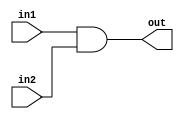
module bit32AND (out,in1,in2);
input [31:0] in1,in2;
output [31:0] out;
assign {out}=in1 &in2;
endmodule

module bit32OR(out,in1,in2);
input [31:0] in1,in2;
output [31:0] out;
assign out = in1 | in2;
endmodule

module FA_dataflow (Cout, Sum,In1,In2,Cin);
input [31:0] In1,In2;
input Cin;
output Cout;
output [31:0] Sum;
assign {Cout,Sum}=In1+In2+Cin;
endmodule

module mux2to1(out,sel,in1,in2,in3);
 input in1,in2,in3;input [1:0] sel;
 output out;
 wire [1:0] not_sel;wire a1,a2,a3;
 not (not_sel[0],sel[0]);
 not (not_sel[1],sel[1]);
 and (a1,not_sel[1],not_sel[0],in1);
 and (a2,not_sel[1],sel[0],in2);
 and (a3,sel[1],not_sel[0],in3);
 or (out,a1,a2,a3);
endmodule

module bit8_2to1mux(out,sel,in1,in2,in3);
 input [7:0] in1,in2,in3;
 output [7:0] out;
 input [1:0] sel;
 genvar j;
//this is the variable that is be used in the generate
//block
 generate for (j=0; j<8;j=j+1) begin: mux_loop
//mux_loop is the name of the loop
 mux2to1 m1(out[j],sel,in1[j],in2[j],in3[j]);
//mux2to1 is instantiated every time it is called
end
endgenerate
endmodule

module bit32_2to1mux(out,sel,in1,in2,in3);
	input [31:0] in1,in2,in3;
	output [31:0] out;
	input [1:0] sel;
	genvar j;
	generate for(j=0;j<25;j=j+8) 
		begin:mux1_loop
			bit8_2to1mux s1(out[j+7:j],sel,in1[j+7:j],in2[j+7:j],in3[j+7:j]);
		end
	endgenerate
endmodule

module ALU(a,b,binvert,cin,op,out,cout);
	input [31:0] a,b;
	input binvert,cin;
	input [1:0] op;
	output cout;
	output [31:0] out;
	wire [31:0] nd,o,sum, i;
	assign i = binvert ? ~b:b;
	bit32AND a1(nd,a,b);
	bit32OR b1(o,a,b);
	FA_dataflow f(cout,sum,a,i,cin);
	bit32_2to1mux m1(out,op,nd,o,sum);
endmodule
	
module tbALU();
reg Binvert, Carryin;
reg [1:0] Operation;
reg [31:0] a,b;
wire [31:0] Result;
wire CarryOut;
ALU a1(a,b,Binvert,Carryin,Operation,Result,CarryOut);
initial
$monitor(,$time,"a=%b,b=%b,binvert=%b,op=%b,result=%b,carry=%b",a,b,Binvert,Operation,Result,Carryin);
initial
begin
a=32'ha5a5a5a5;
b=32'h5a5a5a5a;
Operation=2'b00;
Binvert=1'b0;
Carryin=1'b0; //must perform AND resulting in zero
#100 Operation=2'b01; //OR
#100 Operation=2'b10; //ADD
#100 Binvert=1'b1;Carryin=1'b1;//SUB
#200 $finish;
end
endmodule